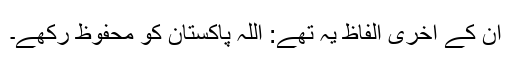
ان کے آخری الفاظ یہ تھے: اللہ پاکستان کو محفوظ رکھے۔